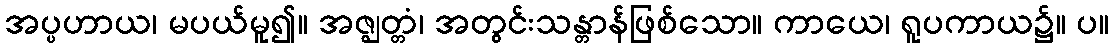
အပ္ပဟာယ၊ မပယ်မူ၍။ အဇ္ဈတ္တံ၊ အတွင်းသန္တာန်ဖြစ်သော။ ကာယေ၊ ရူပကာယ၌။ ပ။